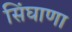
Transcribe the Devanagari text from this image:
सिंघाणा